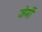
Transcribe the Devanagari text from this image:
जेर्मी